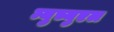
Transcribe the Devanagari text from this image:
म्युच्युएल